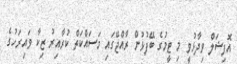
އޮފިޝަލް ވިދާޅުވީ މި ޓީމުގެ ބޭފުޅުން ރާއްޖޭގައި މަސައްކަތް ކުރާއިރު ޒިކާ ވައިރަހުގެ